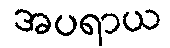
အပရာယ